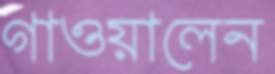
গাওয়ালেন